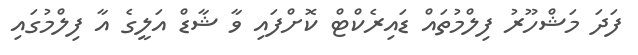
ފަދަ މަޝްހޫރު ފިލްމުތައް ޑައިރެކްޓް ކޮށްފައި ވާ ޝާޑް އަލީގެ އާ ފިލްމުގައި